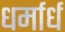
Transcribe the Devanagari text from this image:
धर्मार्ध